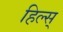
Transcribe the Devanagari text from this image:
हिल्स्